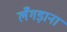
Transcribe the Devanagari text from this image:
लँगड़ाना